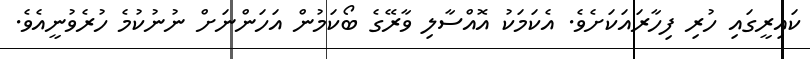
ކައިރީގައި ހުރި ފިހާރައަކަށެވެ. އެކަމަކު އޮއްސާލި ވާރޭގެ ބޯކަމުން އަހަންނަށް ނުނުކުމެ ހުރެވުނީއެވެ.